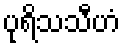
ပုရိသသီဟံ